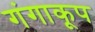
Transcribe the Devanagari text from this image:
गंगाकूप